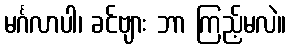
မင်္ဂလာပါ၊ ခင်ဗျား ဘာ ကြည့်မလဲ။